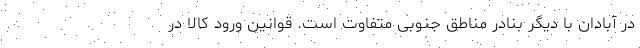
در آبادان با دیگر بنادر مناطق جنوبی متفاوت است. قوانین ورود کالا در